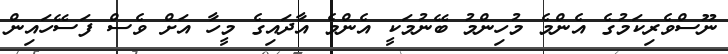
ނޫސްވެރިކަމުގެ އެންމެ މުހިންމު ބޭނުމަކީ އެންމެ އާދައިގެ މީހާ އަށް ވެސް ފަސޭހައިން